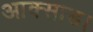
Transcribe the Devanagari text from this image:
आक्साड।